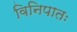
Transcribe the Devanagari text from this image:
विनिपातः